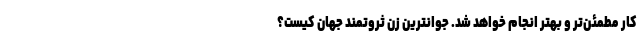
کار مطمئن‌تر و بهتر انجام خواهد شد. جوانترین زن ثروتمند جهان کیست؟